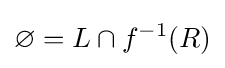
\varnothing =L\cap f^{-1}(R)